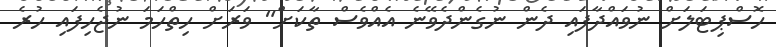
ހޮސްޕިޓަލަށް ނުވައްދާފައި ދެން ނުގެންދެވޭނެ އެއްވެސް ތާކަށް" ވަރަށް ހިތްހަމަ ނުޖެހިފައި ހުރެ